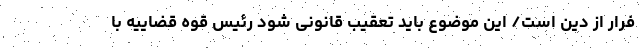
فرار از دین است/ این موضوع باید تعقیب قانونی شود رئیس قوه قضاییه با